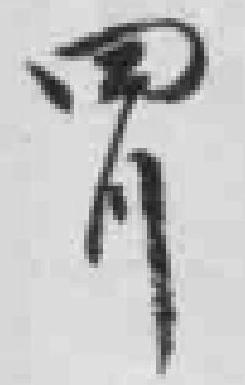
四川